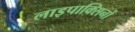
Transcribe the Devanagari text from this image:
लाइपाक्सिनों